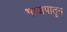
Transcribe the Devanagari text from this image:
भाजपातून